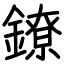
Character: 鐐